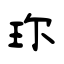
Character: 珎